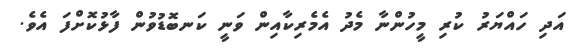
އަދި ހައްޔަރު ކުރި މީހުންނާ މެދު އެމެރިކާއިން ވަނީ ކަނބޮޑުވުން ފާޅުކޮށްފަ އެވެ.